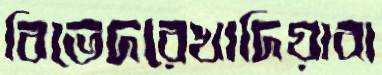
বিভেদরেখাদিয়াবা